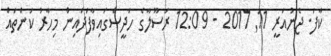
ކާފަ. ޖެނުއަރީ 11